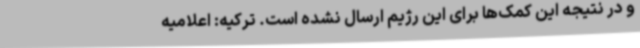
و در نتیجه این کمک‌ها برای این رژیم ارسال نشده است. ترکیه: اعلامیه